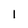
Character: l